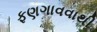
ફણગાવવાથી